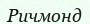
Ричмонд